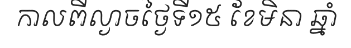
កាលពីល្ងាចថ្ងៃទី១៥ ខែមិនា ឆ្នាំ